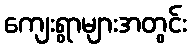
ကျေးရွာများအတွင်း